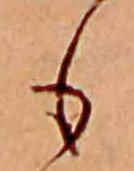
も